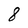
Character: 8